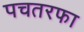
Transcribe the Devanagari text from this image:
पचतरफा